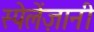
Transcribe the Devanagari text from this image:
स्पेलेंज़ानी